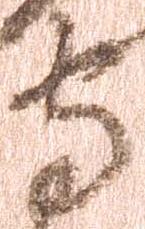
守